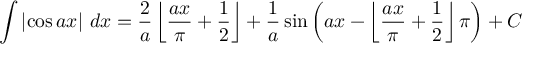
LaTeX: \int \left| \cos { a x } \right| \, d x = { \frac { 2 } { a } } \left\lfloor { \frac { a x } { \pi } } + { \frac { 1 } { 2 } } \right\rfloor + { \frac { 1 } { a } } \sin { \left( a x - \left\lfloor { \frac { a x } { \pi } } + { \frac { 1 } { 2 } } \right\rfloor \pi \right) } + C